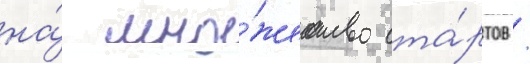
на́ мно́жество ста́ртов /